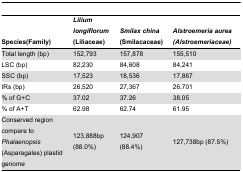
<table><thead><tr><td><b>Species(Family)</b></td><td><b><i>Lilium longiflorum</i> (Liliaceae)</b></td><td><b><i>Smilax china</i> (Smilacaceae)</b></td><td><b><i>Alstroemeria aurea (Alstroemeriaceae)</i></b></td></tr></thead><tbody><tr><td>Total length (bp)</td><td>152,793</td><td>157,878</td><td>155,510</td></tr><tr><td>LSC (bp)</td><td>82,230</td><td>84,608</td><td>84,241</td></tr><tr><td>SSC (bp)</td><td>17,523</td><td>18,536</td><td>17,867</td></tr><tr><td>IRs (bp)</td><td>26,520</td><td>27,367</td><td>26,701</td></tr><tr><td>% of G+C</td><td>37.02</td><td>37.26</td><td>38.05</td></tr><tr><td>% of A+T</td><td>62.98</td><td>62.74</td><td>61.95</td></tr><tr><td>Conserved region compare to <i>Phalaenopsis</i> (Asparagales) plastid genome</td><td>123,888bp (88.0%)</td><td>124,907 (88.4%)</td><td>127,738bp (87.5%)</td></tr></tbody></table>